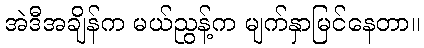
အဲဒီအချိန်က မယ်ညွန့်က မျက်နှာမြင်နေတာ။